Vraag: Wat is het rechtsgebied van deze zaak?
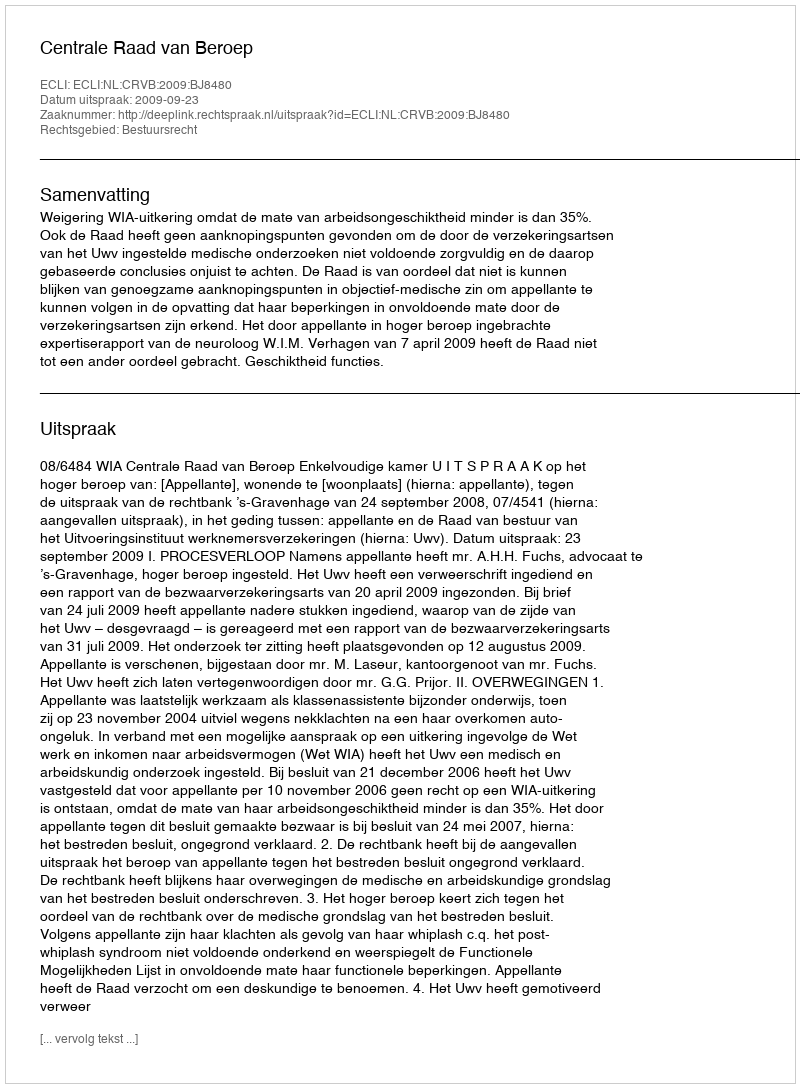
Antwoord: Bestuursrecht